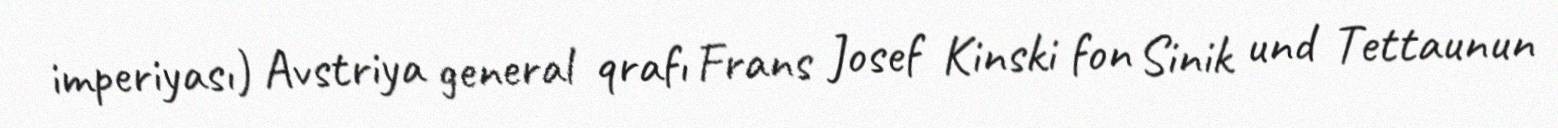
imperiyası) Avstriya general qrafı Frans Josef Kinski fon Sinik und Tettaunun